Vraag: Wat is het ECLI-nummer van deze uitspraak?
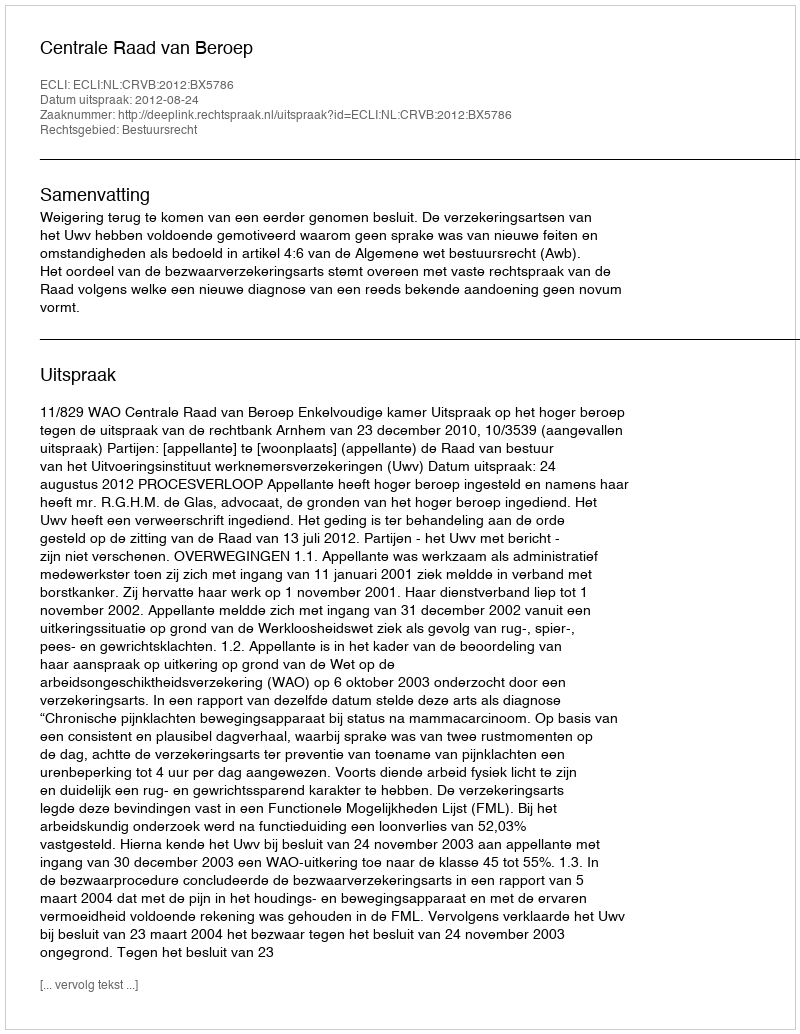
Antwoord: ECLI:NL:CRVB:2012:BX5786